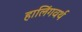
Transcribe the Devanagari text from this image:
हालिंगवर्थ